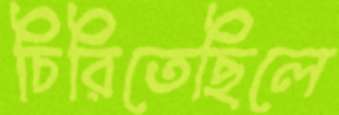
চিরিতেছিলে